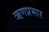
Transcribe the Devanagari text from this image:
ऋणप्रभार